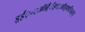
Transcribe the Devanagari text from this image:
ड़्ईं़॰़ऑब़्ँँँङ्ः़ऑड़्फ्ङीऊङ्ञ्